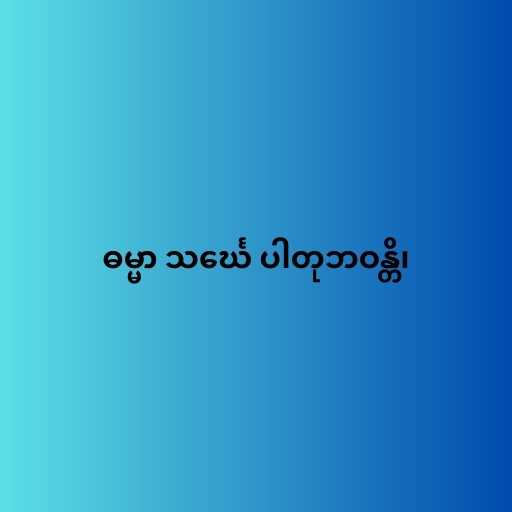
ဓမ္မာ သင်္ဃေ ပါတုဘဝန္တိ၊